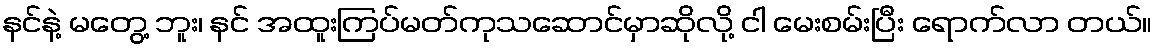
နင်နဲ့ မတွေ့ ဘူး၊ နင် အထူးကြပ်မတ်ကုသဆောင်မှာဆိုလို့ ငါ မေးစမ်းပြီး ရောက်လာ တယ်။